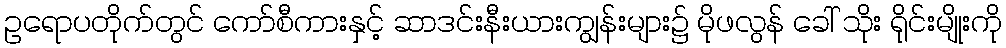
ဥရောပတိုက်တွင် ကော်စီကားနှင့် ဆာဒင်းနီးယားကျွန်းများ၌ မိုဖလွန် ခေါ် သိုး ရိုင်းမျိုးကို